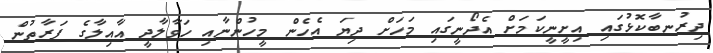
ދިރުނބާކޮޅުގައި އިށީނީކަމަށް އެދޯނީގައި މަހަށް ދިޔަ އެހެން މީހުންނާއި ހަވާލާދީ އާއިލާގެ ފަރާތުން